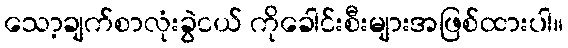
သော့ချက်စာလုံးခွဲငယ် ကိုခေါင်းစီးများအဖြစ်ထားပါ။